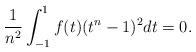
LaTeX: \begin{align*}\frac{1}{n^2}\int_{-1}^1f(t)(t^n-1)^2dt=0.\end{align*}